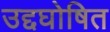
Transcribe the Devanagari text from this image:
उद्दघोषित